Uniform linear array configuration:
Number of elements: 16
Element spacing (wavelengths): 0.75
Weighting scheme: uniform
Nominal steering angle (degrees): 0
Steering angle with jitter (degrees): -0.6346
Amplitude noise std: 0.05
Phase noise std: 0.05

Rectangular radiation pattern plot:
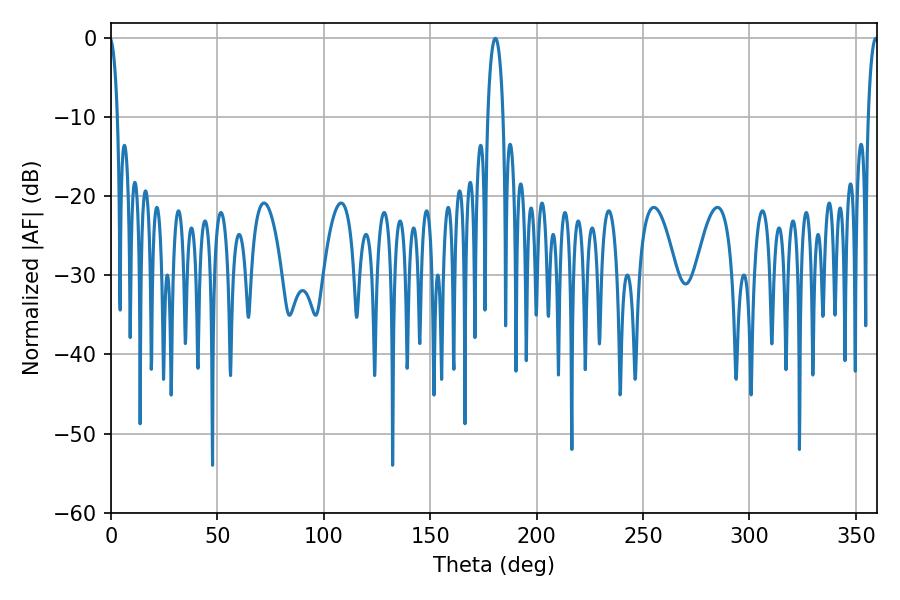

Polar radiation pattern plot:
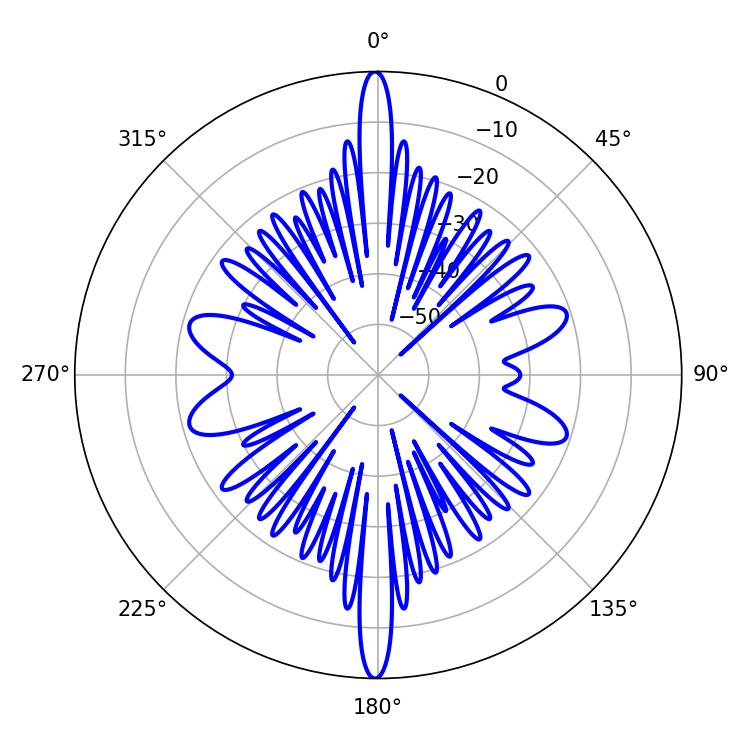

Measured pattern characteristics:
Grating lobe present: TRUE
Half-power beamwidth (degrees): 4.14
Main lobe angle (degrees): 180.54